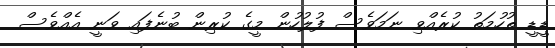
ޑީޑީ ތުހުމަތު ކުރެއްވި ނަމަވެސް ފުލުހުން މީގެ ކުރިން ބުނެފައި ވަނީ އެއްވެސް